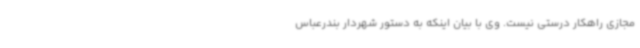
مجازی راهکار درستی نیست. وی با بیان اینکه به دستور شهردار بندرعباس